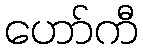
ဟော်ကီ